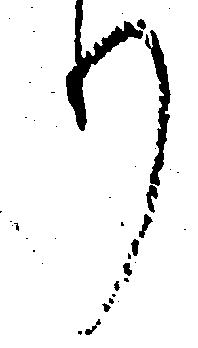
り